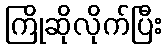
ကြိုဆိုလိုက်ပြီး